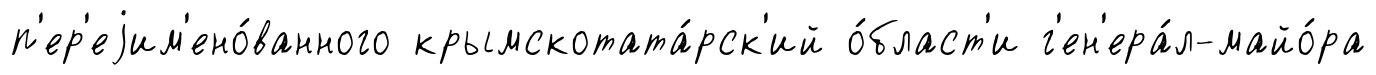
п'ер'еjим'ено́ванного крымскотата́рск'ий о́бласт'и г'ен'ера́л-майо́ра